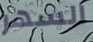
السهر